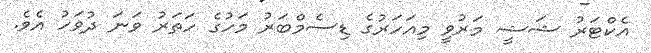
އެކްޓަރު ޝަޝީ މަރުވީ މިއަހަރުގެ ޑިސެމްބަރު މަހުގެ ހަތަރު ވަނަ ދުވަހު އެވެ.